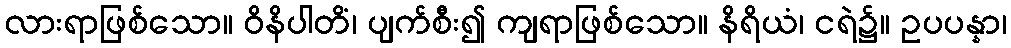
လားရာဖြစ်သော။ ဝိနိပါတိံ၊ ပျက်စီး၍ ကျရာဖြစ်သော။ နိရိယံ၊ ငရဲ၌။ ဥပပန္နာ၊